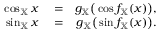
\begin{array} { r l r } { \cos _ { \mathbb { X } } x } & { { } = } & { g _ { \mathbb { X } } \big ( \cos f _ { \mathbb { X } } ( x ) \big ) , } \\ { \sin _ { \mathbb { X } } x } & { { } = } & { g _ { \mathbb { X } } \big ( \sin f _ { \mathbb { X } } ( x ) \big ) . } \end{array}